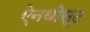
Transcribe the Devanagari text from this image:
ऐनथीस्ट